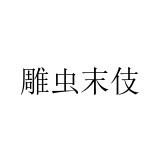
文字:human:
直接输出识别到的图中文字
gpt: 雕虫末伎